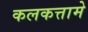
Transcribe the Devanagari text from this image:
कलकत्तामे